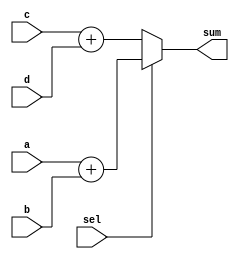
module resource1(sum,a,b,c,d,sel);
parameter size=4;
output[size:0] sum;
input sel;
input[size-1:0] a,b,c,d;
reg[size:0] sum;

always @(a or b or c or d or sel)
begin
if(sel) sum=a+b;
else  	sum=c+d;
end
endmodule